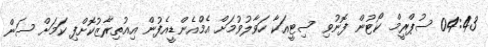
04:43 ސުޕްރީމް ކޯޓުން ފޮނުވި ސިޓީއަކާ ހަވާލުވުމަށް އެމްއެންޑީއެފުން އިއުތިރާޒުކޮށްފި ކަމަށް ސަން